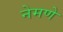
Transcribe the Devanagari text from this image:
नेमणे